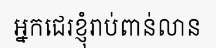
អ្នកជេរខ្ញុំរាប់ពាន់លាន